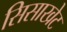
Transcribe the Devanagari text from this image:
सिसाखेट